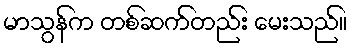
မာသွန်က တစ်ဆက်တည်း မေးသည်။